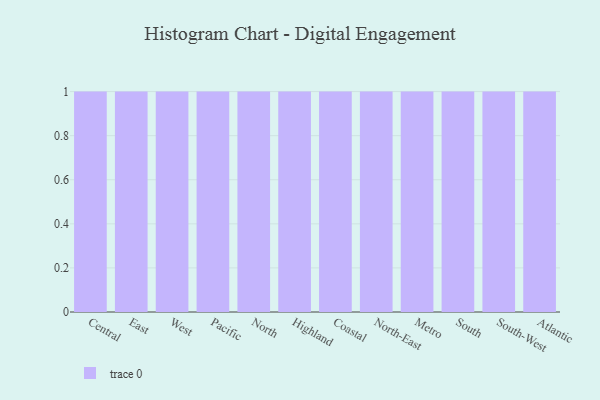
{"axis": {"x": "Region", "y": "Backlog"}, "legend": [""], "data": [{"x": "Central", "y": 93, "type": ""}, {"x": "East", "y": 42, "type": ""}, {"x": "West", "y": 30, "type": ""}, {"x": "Pacific", "y": 94, "type": ""}, {"x": "North", "y": 40, "type": ""}, {"x": "Highland", "y": 65, "type": ""}, {"x": "Coastal", "y": 13, "type": ""}, {"x": "North-East", "y": 80, "type": ""}, {"x": "Metro", "y": 17, "type": ""}, {"x": "South", "y": 22, "type": ""}, {"x": "South-West", "y": 43, "type": ""}, {"x": "Atlantic", "y": 100, "type": ""}]}